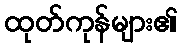
ထုတ်ကုန်များ၏